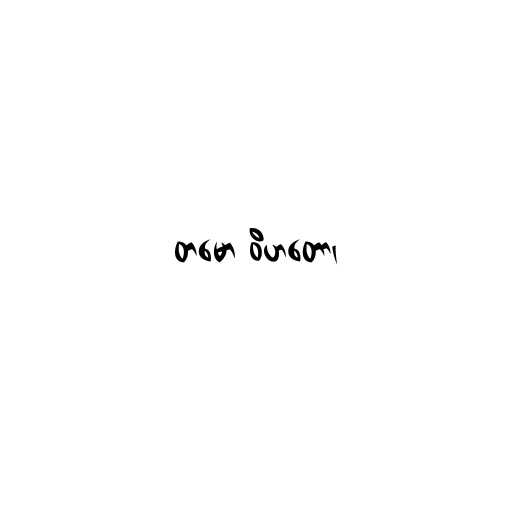
တမော ဝိဟတော၊